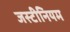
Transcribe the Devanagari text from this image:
जस्टीनियम